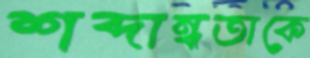
শব্দান্ধতাকে